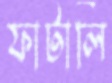
ফাটালি